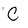
Character: C